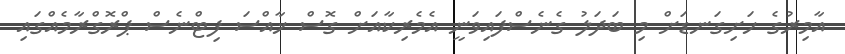
އާމިރުގެ ހަށިގަނޑަށް މި ބަދަލު ގެނެސްފައިވަނީ އެމެރިކާއަށް ގޮސް ޚާއްސަ ފިޓްނެސް ޕްރޮގްރާމެއްގައި